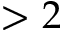
> 2